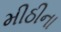
મીઠીના